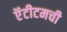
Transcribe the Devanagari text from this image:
ऍंटीटमची